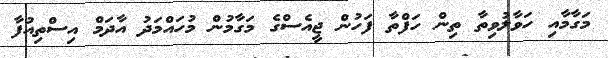
މަގާމާއި ހަވާލުވިތާ ތިން ހަފްތާ ފަހުން ޖީއެސްގެ މަގާމުން މުހައްމަދު އާދަމް އިސްތިއުފާ